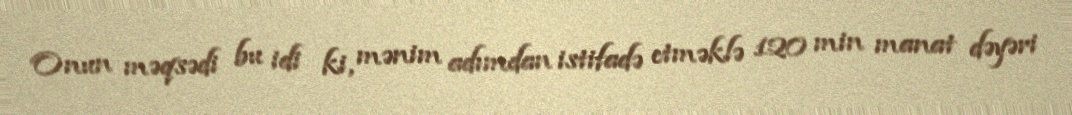
Onun məqsədi bu idi ki, mənim adımdan istifadə etməklə 120 min manat dəyəri